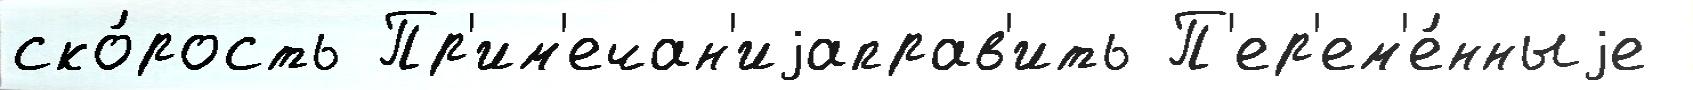
ско́рость Пр'им'ечан'иjаправ'ить П'ер'ем'е́нныjе